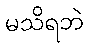
မသိရဘဲ